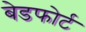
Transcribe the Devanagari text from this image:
बेडफोर्ट